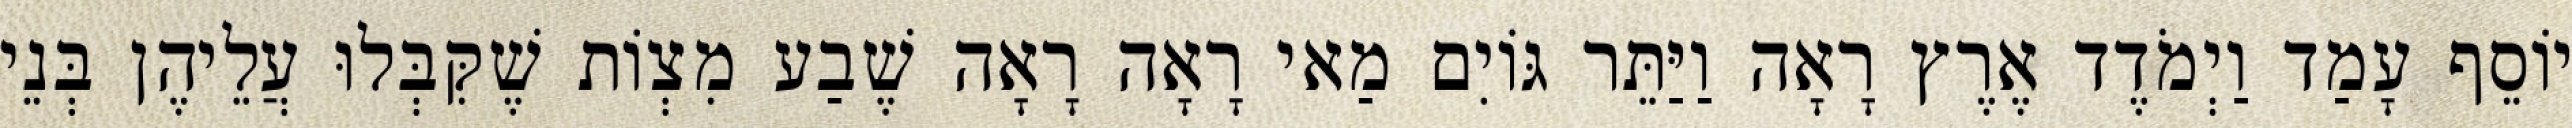
יוֹסֵף עָמַד וַיְמֹדֶד אֶרֶץ רָאָה וַיַּתֵּר גּוֹיִם מַאי רָאָה רָאָה שֶׁבַע מִצְוֹת שֶׁקִּבְּלוּ עֲלֵיהֶן בְּנֵי